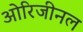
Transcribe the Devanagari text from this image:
ओरिजीनल